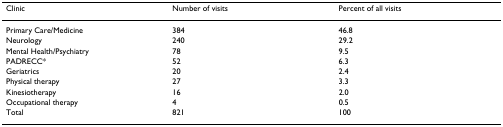
| Clinic | Number of visits | Percent of all visits |
 | --- | --- | --- |
 | Primary Care/Medicine | 384 | 46.8 |
 | Neurology | 240 | 29.2 |
 | Mental Health/Psychiatry | 78 | 9.5 |
 | PADRECC* | 52 | 6.3 |
 | Geriatrics | 20 | 2.4 |
 | Physical therapy | 27 | 3.3 |
 | Kinesiotherapy | 16 | 2.0 |
 | Occupational therapy | 4 | 0.5 |
 | Total | 821 | 100 |